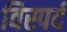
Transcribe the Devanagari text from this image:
विस्पर्द